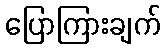
ပြောကြားချက်